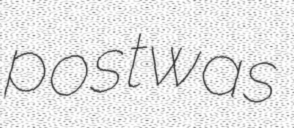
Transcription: post was